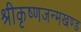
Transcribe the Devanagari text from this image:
श्रीकृष्णजन्मखण्ड